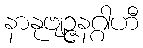
နာနုဗျဉ္ဇနဂ္ဂါဟီ